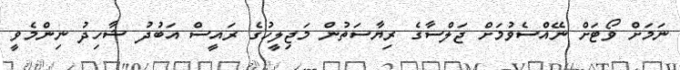
ނަމަށް ވޯޓަށް ނޭއްސެވުމަށް ޖަލްސާގެ ރިޔާސަތުން މަޖިލީހުގެ ރައީސް އަބުދު ޝާހިދު ނިންމެވީ